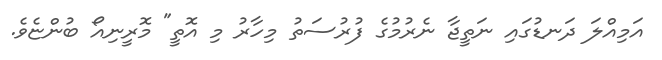
އަމިއްލަ ދަނޑުގައި ނަތީޖާ ނެރުމުގެ ފުރުސަތު މިހާރު މި އޮތީ" މޮރީނިއޯ ބުންޏެެވެ.